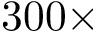
3 0 0 \times